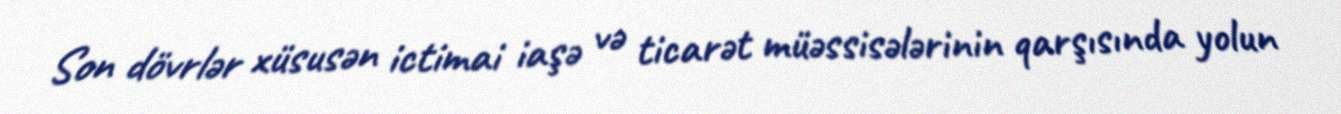
Son dövrlər xüsusən ictimai iaşə və ticarət müəssisələrinin qarşısında yolun